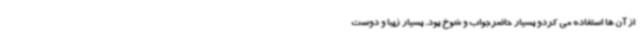
از آن ها استفاده می کردو بسیار حاضرجواب و شوخ بود. بسیار زیبا و دوست